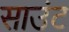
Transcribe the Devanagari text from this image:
साउंट